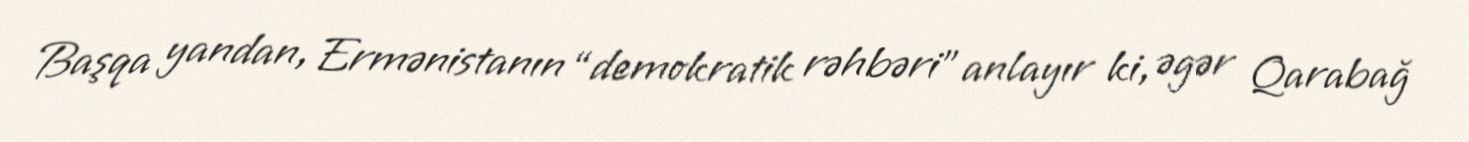
Başqa yandan, Ermənistanın “demokratik rəhbəri” anlayır ki, əgər Qarabağ